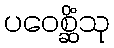
ပဝေစ္ဆိံသု